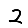
Digit: 2